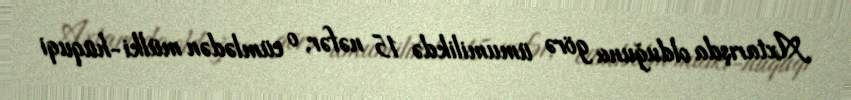
Axtarışda olduğuna görə ümumilikdə 15 nəfər, o cümlədən mülki-hüquqi